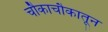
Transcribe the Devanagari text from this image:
चौकाचौकातून